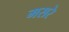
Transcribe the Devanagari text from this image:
मसरे